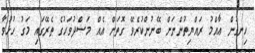
ހިނގުން ޢާއްމު ރައްޔިތުންނަށް ބޭނުންކުރެވޭ ގޮތަށް އެއް މަސްދުވަހުގެ ތެރޭގައި މަގު ހުޅުވާ